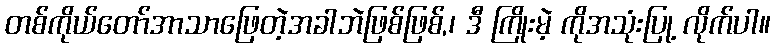
တစ်ကိုယ်တော်အာသာဖြေတဲ့အခါဘဲဖြစ်ဖြစ်,၊ ဒီ ကြိုးမဲ့ ကိုအသုံးပြု့ လိုက်ပါ။